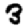
Digit: 3